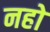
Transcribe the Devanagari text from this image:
नहो